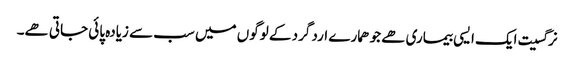
نرگسیت ایک ایسی بیماری ھے جو ھمارے ارد گرد کے لوگوں میں سب سے زیادہ پائی جاتی ھے۔